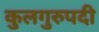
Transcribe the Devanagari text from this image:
कुलगुरुपदी